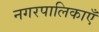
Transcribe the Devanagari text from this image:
नगरपालिकाएँ